Civil Veterinary Department. United Provinces 1923-31 - 1923-1931
Year: 1923
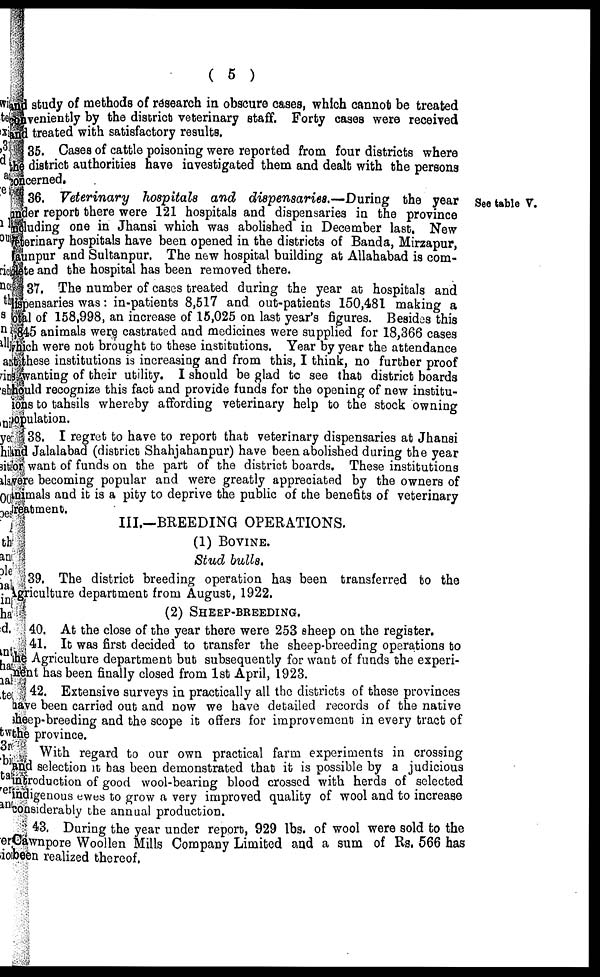
( 5 )
I study of methods of research in obscure cases, which cannot be treated
veniently by the district veterinary staff. Forty cases were received
treated with satisfactory results.
35. Cases of cattle poisoning were reported from four districts where
district authorities have investigated them and dealt with the persons
cerned.
See table V.
36. Veterinary
hospitals and dispensaries.—During
the year
der report there were 121 hospitals and dispensaries in the province
luding one in Jhansi which was abolished in December last. New
erinary hospitals have been opened in the districts of Bands, Mirzapur,
mpur and Sultanpur. The new hospital building at Allahabad is com-
be and the hospital has been removed there.
37. The number of cases treated during the year at hospitals and
pensaries was: in-patients 8,517 and out-patients 150,481 making a
al of 158,998, an increase of 15,025 on last year's figures. Besides this
15 animals were castrated and medicines were supplied for 18,366 cases
ich were not brought to these institutions. Year by year the attendance
these institutions is increasing and from this, I think, no further proof
wanting of their utility. I should be glad to see that district boards
uld recognize this fact and provide funds for the opening of new institu-
- to tahsils whereby affording veterinary help to the stock owning
ulation.
38. I regret to have to report that veterinary dispensaries at Jhansi
Jalalabad (district Shahjahanpur) have been abolished during the year
want of funds on the part of the district boards. These institutions
re becoming popular and were greatly appreciated by the owners of
imals and it is a pity to deprive the public of the benefits of veterinary
atment.
III.—BREEDING OPERATIONS.
(1) BOVINE.
Stud bulla,
39. The district breeding operation has been transferred to the
riculture department from August, 1922.
(2) SHEEP-BREEDING.
40. At the close of the year there were 253 sheep on the register.
41. It was first decided to transfer the sheep-breeding operations to
e Agriculture department but subsequently for want of funds the experi-
nt has been finally closed from 1st April, 1923.
42. Extensive surveys in practically all the districts of these provinces
ve been carried out and now we have detailed records of the native
ep-breeding and the scope it offers for improvement in every tract of
province.
With regard to our own practical farm experiments in crossing
d selection it has been demonstrated that it is possible by a judicious
roduction of good wool-bearing blood crossed with herds of selected
igenous ewes to grow a very improved quality of wool and to increase
isiderably the annual production.
43. During the year under report, 929 lbs. of wool were sold to the
wnpore Woollen Mills Company Limited and a sum of Rs, 566 has
n realized thereof.